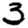
Digit: 3